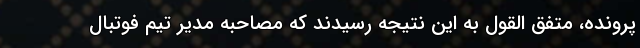
پرونده، متفق القول به این نتیجه رسیدند که مصاحبه مدیر تیم فوتبال